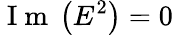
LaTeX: \mathrm{~I~m~}\left(E^{2}\right)=0